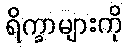
ရိက္ခာများကို